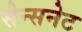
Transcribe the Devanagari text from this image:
सेन्सनेट